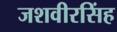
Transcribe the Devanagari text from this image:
जशवीरसिंह